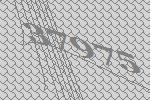
37975